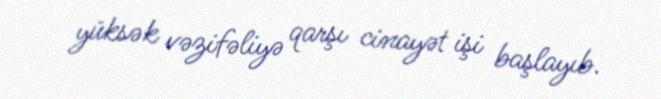
yüksək vəzifəliyə qarşı cinayət işi başlayıb.